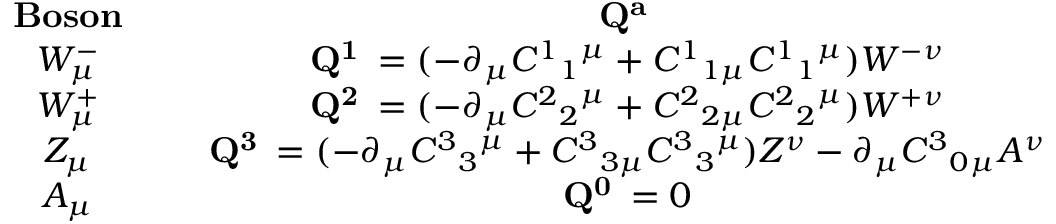
\begin{array} { c c } { { { \bf { B o s o n } } \; \; \; \; \; } } & { { { \bf { Q ^ { a \nu } } } } } \\ { { W _ { \mu } ^ { - } \; \; \; \; \; } } & { { { \bf { Q ^ { 1 \nu } } } = ( - \partial _ { \mu } C ^ { 1 } { } _ { 1 } { } ^ { \mu } + C ^ { 1 } { } _ { 1 \mu } C ^ { 1 } { } _ { 1 } { } ^ { \mu } ) W ^ { - \nu } } } \\ { { W _ { \mu } ^ { + } \; \; \; \; \; } } & { { { \bf { Q ^ { 2 \nu } } } = ( - \partial _ { \mu } C ^ { 2 } { } _ { 2 } { } ^ { \mu } + C ^ { 2 } { } _ { 2 \mu } C ^ { 2 } { } _ { 2 } { } ^ { \mu } ) W ^ { + \nu } } } \\ { { Z _ { \mu } \; \; \; \; \; } } & { { { \bf { Q ^ { 3 \nu } } } = ( - \partial _ { \mu } C ^ { 3 } { } _ { 3 } { } ^ { \mu } + C ^ { 3 } { } _ { 3 \mu } C ^ { 3 } { } _ { 3 } { } ^ { \mu } ) Z ^ { \nu } - \partial _ { \mu } C ^ { 3 } { } _ { 0 } { } _ { \mu } A ^ { \nu } } } \\ { { A _ { \mu } \; \; \; \; \; } } & { { { \bf { Q ^ { 0 \nu } } } = 0 } } \end{array}